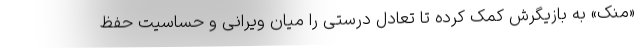
«منک» به بازیگرش کمک کرده تا تعادل درستی را میان ویرانی و حساسیت حفظ